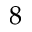
8